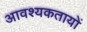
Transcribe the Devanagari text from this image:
आवश्यकतायों